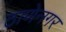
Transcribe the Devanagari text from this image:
ठाणेनगर